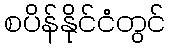
စပိန်နိုင်ငံတွင်